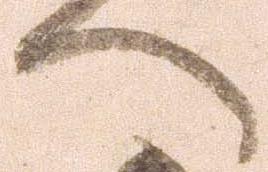
へ